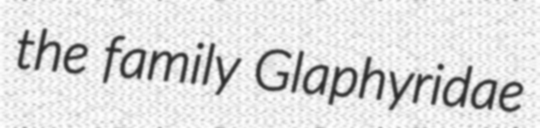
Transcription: the family Glaphyridae